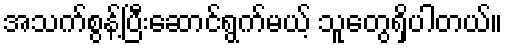
အသက်စွန့်ပြီးဆောင်ရွက်မယ့် သူတွေရှိပါတယ်။